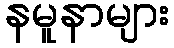
နမူနာများ